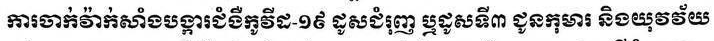
ការចាក់វ៉ាក់សាំងការពារជំងឺកូវីដ-១៩ ដូសជុំរុញ ឬដូសទី៣ ជូនកុមារ និងយុវវ័យ